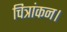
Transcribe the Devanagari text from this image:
चित्रांकन।